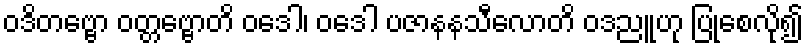
ဝဒိတဗ္ဗော ဝတ္တဗ္ဗောတိ ဝဒေါ၊ ဝဒေါ ပဇာနနသီလောတိ ဝဒညူဟု ပြုစေလို၍